Indian journal of veterinary science and animal husbandry - Volume 12,
Year: 1942
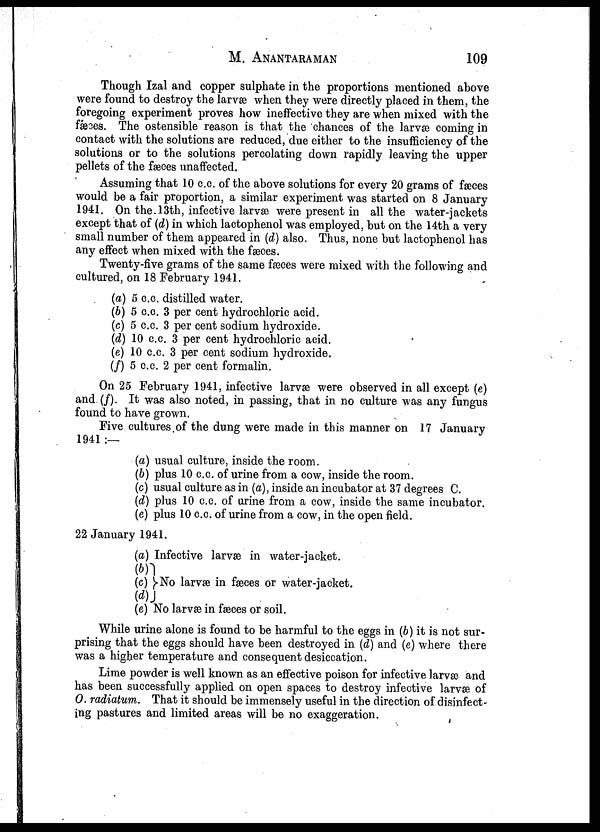
M.
ANANTARAMAN
109
Though Izal and copper sulphate in the proportions mentioned above
were found to destroy the larvæ when they were directly placed in them, the
foregoing experiment proves how ineffective they are when mixed with the
fæces. The ostensible reason is that the chances of the larvæ coming in
contact with the solutions are reduced, due either to the insufficiency of the
solutions or to the solutions percolating down rapidly leaving the upper
pellets of the fæces unaffected.
Assuming that 10 c.c. of the above solutions for every 20 grams of fæces
would be a fair proportion, a similar experiment was started on 8 January
1941. On the. 13th, infective larvæ were present in all the water-jackets
except that of (d) in which lactophenol was employed, but on the 14th a very
small number of them appeared in (d) also. Thus, none but lactophenol has
any effect when mixed with the fæces.
Twenty-five grams of the same fæces were mixed with the following and
cultured, on 18 February 1941.
(a) 5 c.c. distilled water.
(b) 5 c.c. 3 per cent hydrochloric acid.
(c) 5 c.c. 3 per cent sodium hydroxide.
(d) 10 c.c. 3 per cent hydrochloric acid.
(e) 10 c.c. 3 per cent sodium hydroxide.
(f) 5 c.c. 2 per cent formalin.
On 25 February 1941, infective larvæ were observed in all except (e)
and (f). It was also noted, in passing, that in no culture was any fungus
found to have grown.
Five cultures of the dung were made in this manner on 17 January
1941 :—
(a) usual culture, inside the room.
(b) plus 10 c.c. of urine from a cow, inside the room.
(c) usual culture as in (a), inside an incubator at 37 degrees C.
(d) plus 10 c.c. of urine from a cow, inside the same incubator.
(e) plus 10 c.c. of urine from a cow, in the open field.
22 January 1941.
(a) Infective larvæ in water-jacket.
(b)
(c) }No larvæ in fæces or water-jacket.
(d)
(e) No larvæ in fæces or soil.
While urine alone is found to be harmful to the eggs in (b) it is not sur-
prising that the eggs should have been destroyed in (d) and (e) where there
was a higher temperature and consequent desiccation.
Lime powder is well known as an effective poison for infective larvæ and
has been successfully applied on open spaces to destroy infective larvæ of
O. radiatum. That it should be immensely useful in the direction of disinfect-
ing pastures and limited areas will be no exaggeration.